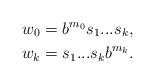
LaTeX: \begin{align*}w_0 &=b^{m_0}s_1...s_k,\\w_k &=s_1...s_kb^{m_k}.\end{align*}